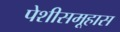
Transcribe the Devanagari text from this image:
पेशीसमूहास